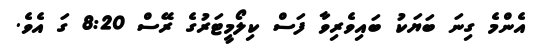
އެންމެ ގިނަ ބަޔަކު ބައިވެރިވާ ފަސް ކިލޯމީޓަރުގެ ރޭސް 8:20 ގަ އެވެ.